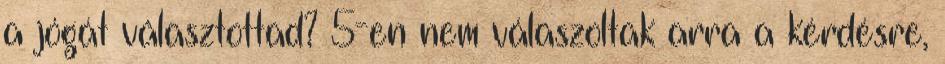
a jógát választottad? 5-en nem válaszoltak arra a kérdésre,